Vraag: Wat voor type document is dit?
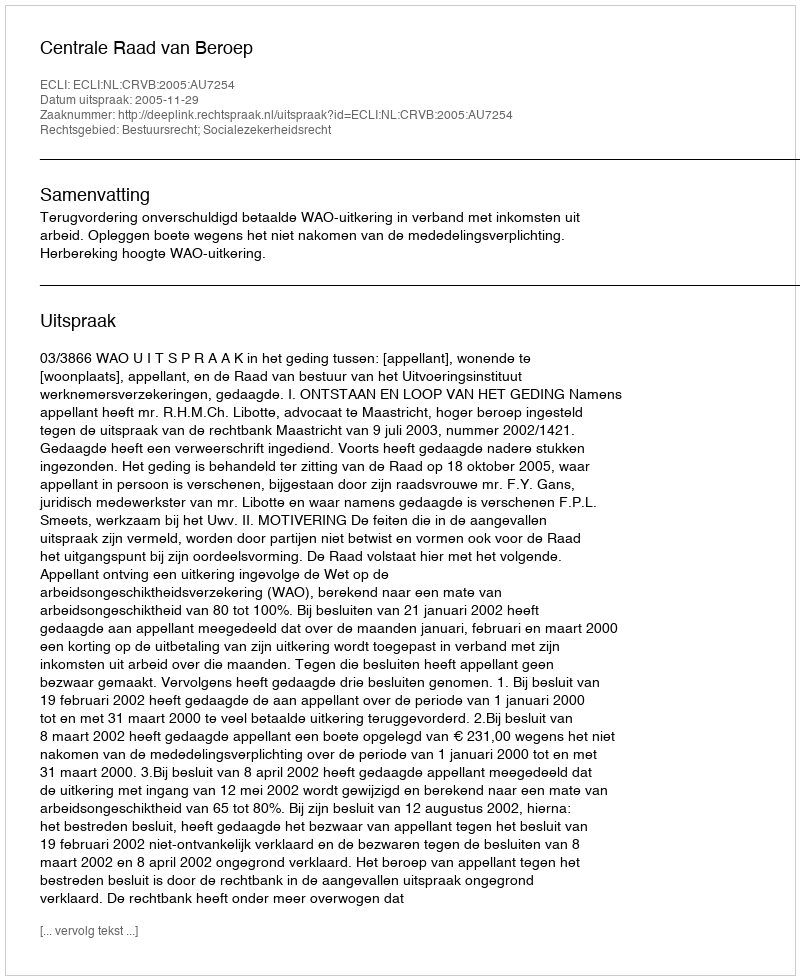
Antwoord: Uitspraak